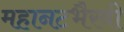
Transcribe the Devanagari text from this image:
महानटभैरवी